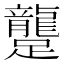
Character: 𨇘